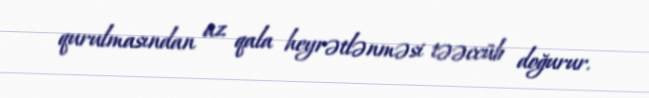
qurulmasından az qala heyrətlənməsi təəccüb doğurur.